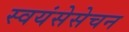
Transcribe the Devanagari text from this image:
स्वयंसेसेचन